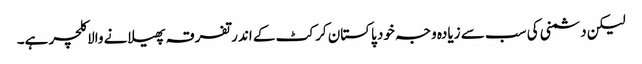
لیکن دشمنی کی سب سے زیادہ وجہ خود پاکستان کرکٹ کے اندر تفرقہ پھیلانے والا کلچر ہے۔